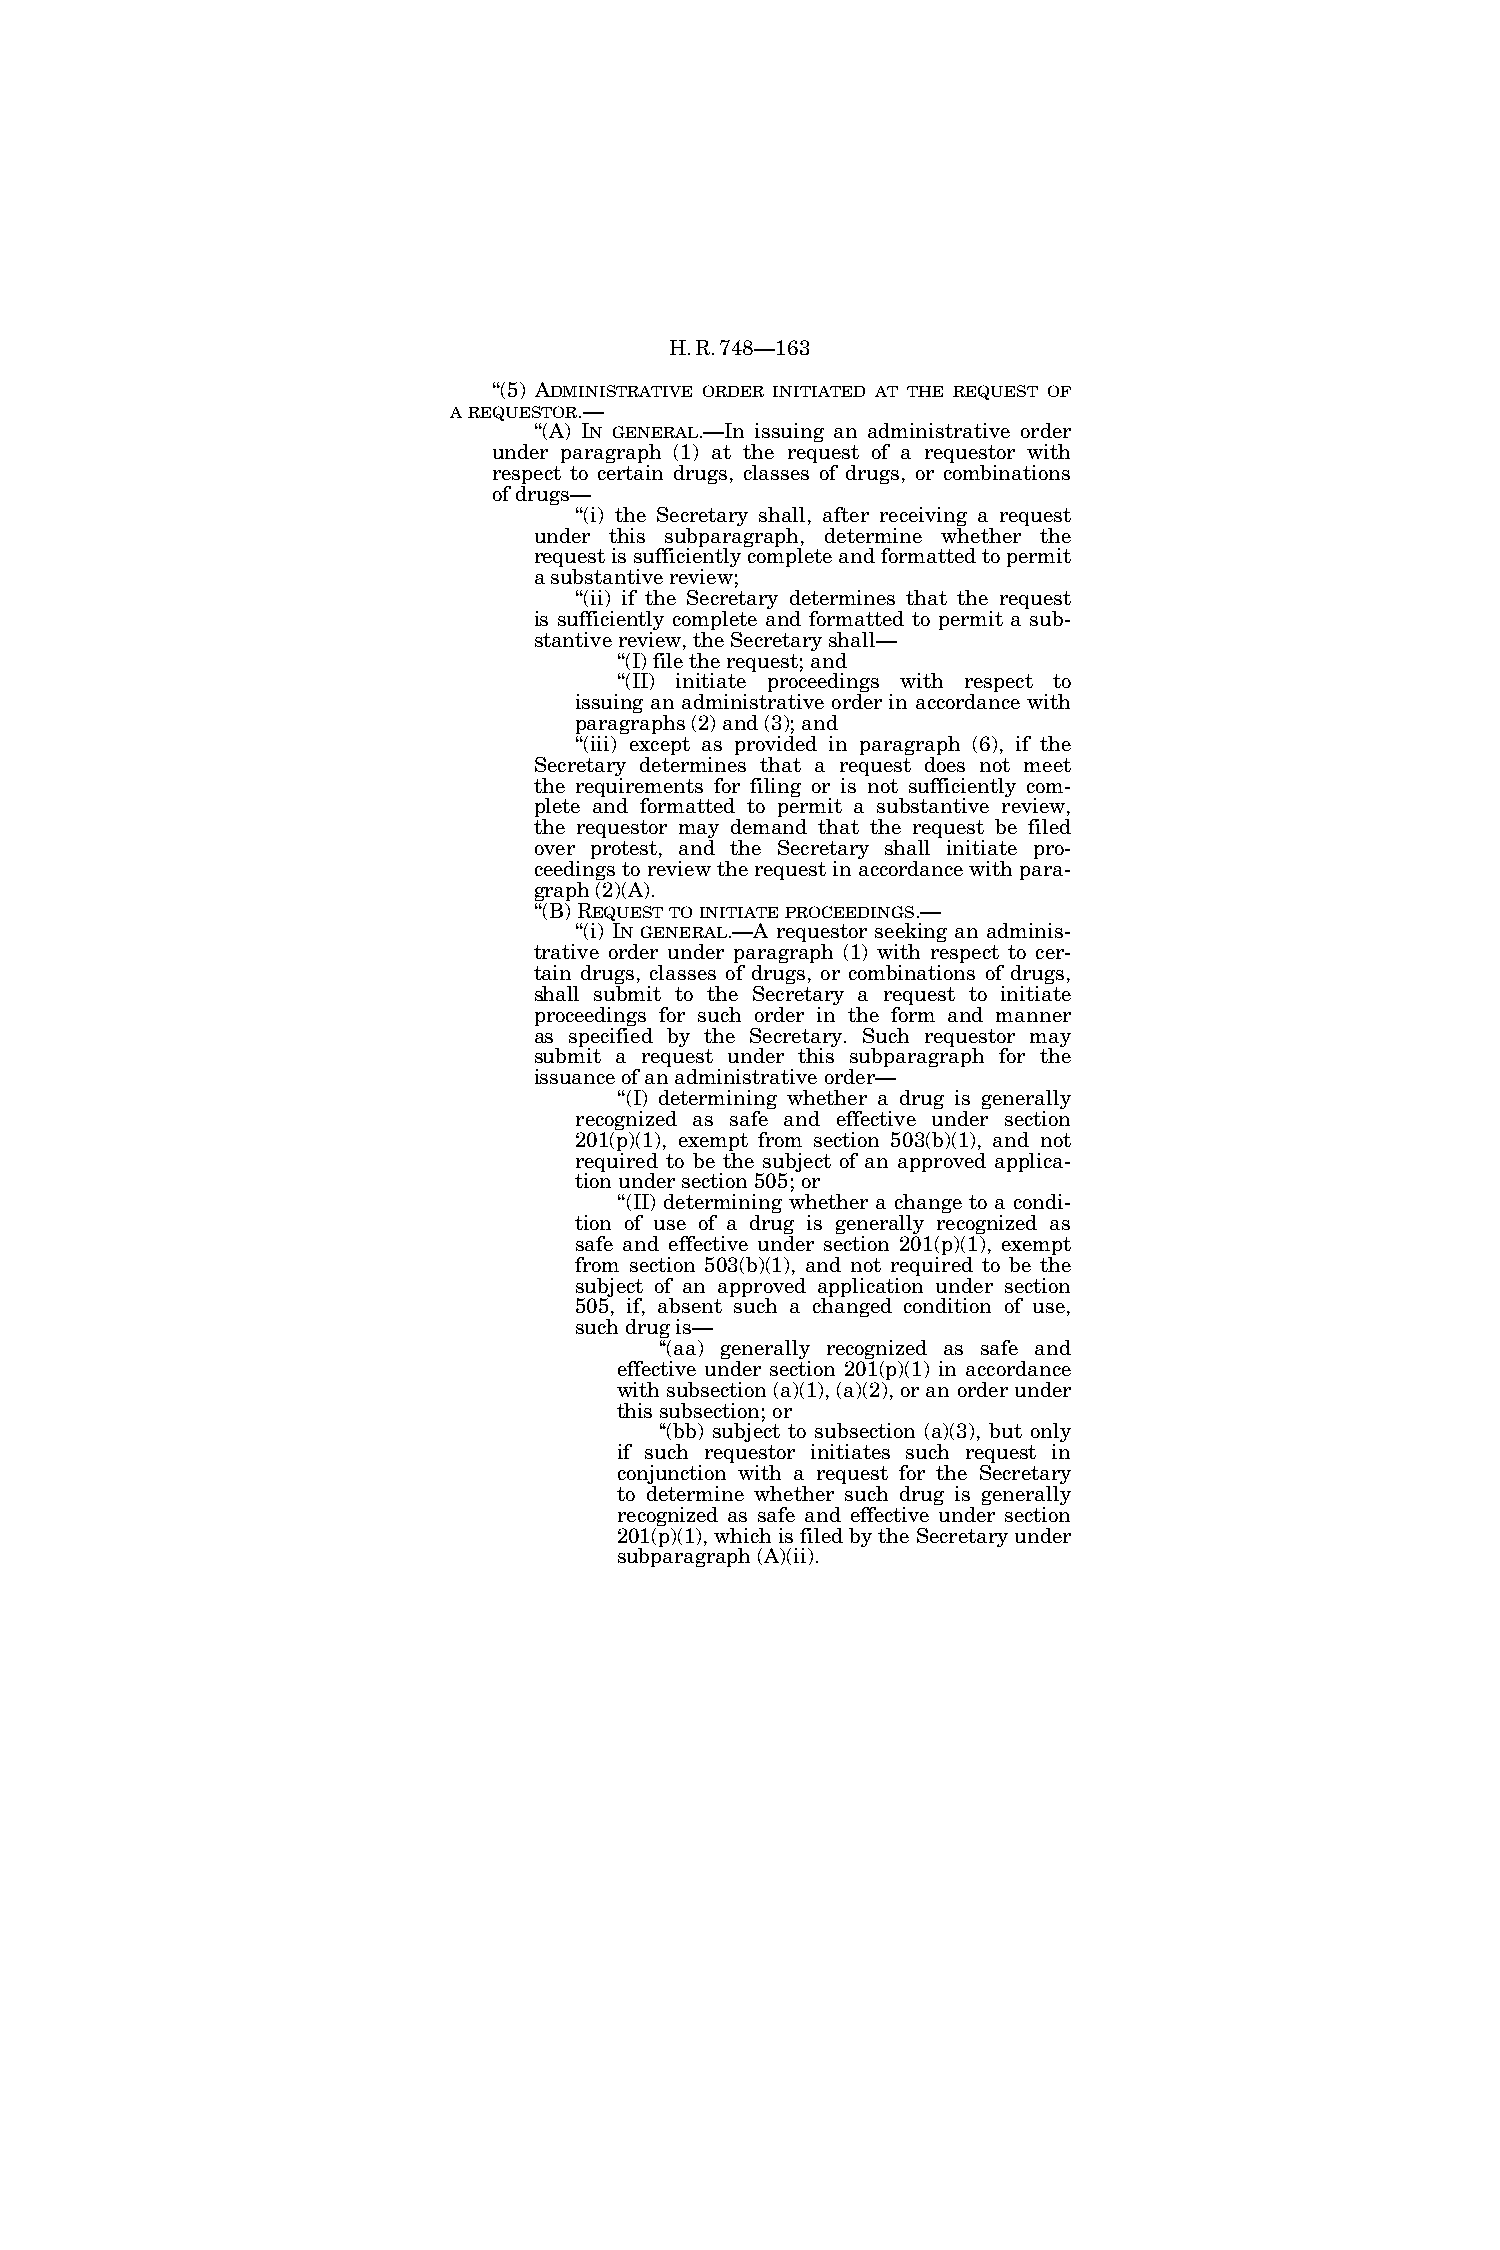
H.R.748—163
 ‘‘(5) ADMINISTRATIVE ORDER INITIATED AT THE REQUEST OF
 AREQUESTOR.—
 ‘‘(A) IN GENERAL.—In issuing an administrative order
 under paragraph (1) at the request of a requestor with
 respect to certain drugs, classes of drugs, or combinations
 of drugs—
 ‘‘(i) the Secretary shall, after receiving a request
 under this subparagraph, determine whether the
 request is sufficiently complete and formatted to permit
 a substantive review;
 ‘‘(ii) if the Secretary determines that the request
 is sufficiently complete and formatted to permit a sub-
 stantive review, the Secretary shall—
 ‘‘(I) file the request; and
 ‘‘(II) initiate proceedings with respect to
 issuing an administrative order in accordance with
 paragraphs (2) and (3); and
 ‘‘(iii) except as provided in paragraph (6), if the
 Secretary determines that a request does not meet
 the requirements for filing or is not sufficiently com-
 plete and formatted to permit a substantive review,
 the requestor may demand that the request be filed
 over protest, and the Secretary shall initiate pro-
 ceedings to review the request in accordance with para-
 graph (2)(A).
 ‘‘(B) REQUESTTOINITIATEPROCEEDINGS.—
 ‘‘(i) IN GENERAL.—A requestor seeking an adminis-
 trative order under paragraph (1) with respect to cer-
 tain drugs, classes of drugs, or combinations of drugs,
 shall submit to the Secretary a request to initiate
 proceedings for such order in the form and manner
 as specified by the Secretary. Such requestor may
 submit a request under this subparagraph for the
 issuance of an administrative order—
 ‘‘(I) determining whether a drug is generally
 recognized as safe and effective under section
 201(p)(1), exempt from section 503(b)(1), and not
 required to be the subject of an approved applica-
 tion under section 505; or
 ‘‘(II) determining whether a change to a condi-
 tion of use of a drug is generally recognized as
 safe and effective under section 201(p)(1), exempt
 from section 503(b)(1), and not required to be the
 subject of an approved application under section
 505, if, absent such a changed condition of use,
 such drug is—
 ‘‘(aa) generally recognized as safe and
 effective under section 201(p)(1) in accordance
 with subsection (a)(1), (a)(2), or an order under
 this subsection; or
 ‘‘(bb) subject to subsection (a)(3), but only
 if such requestor initiates such request in
 conjunction with a request for the Secretary
 to determine whether such drug is generally
 recognized as safe and effective under section
 201(p)(1), which is filed by the Secretary under
 subparagraph (A)(ii).